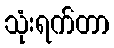
သုံးရက်တာ